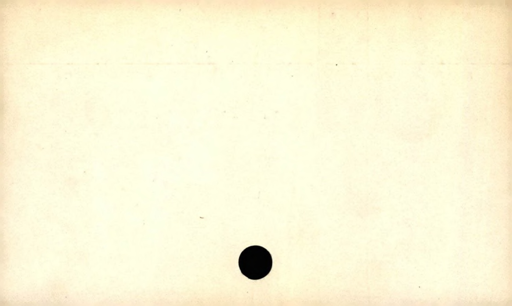
Label: blank